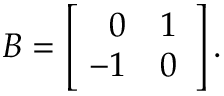
B = \left[ { \begin{array} { r r } { 0 } & { 1 } \\ { \! - 1 } & { 0 } \end{array} } \right] .